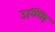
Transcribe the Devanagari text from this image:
उण्णि